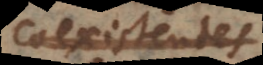
coexistentes.